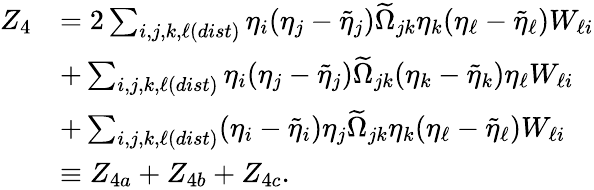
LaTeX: \begin{array}{rl}{Z_{4}}&{=2\sum_{i,j,k,\ell(dist)}\eta_{i}(\eta_{j}-\tilde{\eta}_{j})\widetilde{\Omega}_{jk}\eta_{k}(\eta_{\ell}-\tilde{\eta}_{\ell})W_{\ell i}}\\ &{+\sum_{i,j,k,\ell(dist)}\eta_{i}(\eta_{j}-\tilde{\eta}_{j})\widetilde{\Omega}_{jk}(\eta_{k}-\tilde{\eta}_{k})\eta_{\ell}W_{\ell i}}\\ &{+\sum_{i,j,k,\ell(dist)}(\eta_{i}-\tilde{\eta}_{i})\eta_{j}\widetilde{\Omega}_{jk}\eta_{k}(\eta_{\ell}-\tilde{\eta}_{\ell})W_{\ell i}}\\ &{\equiv Z_{4a}+Z_{4b}+Z_{4c}.}\end{array}